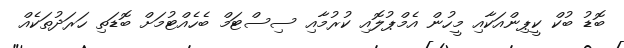
ބޮޑު ބުކް ކީޕިންއަކާއި މީހުން އެމްޕުލޮއި ކުރުމާއި ސިސްޓަމް ބެހެއްޓުމަށް ބޮޑަތި ހަރަދުތަކެއް